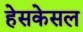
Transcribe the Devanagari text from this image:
हेसकेसल